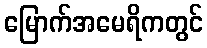
မြောက်အမေရိကတွင်